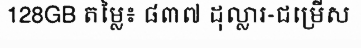
128GB តម្លៃ៖ ៨៣៧ ដុល្លារ-ជម្រើស